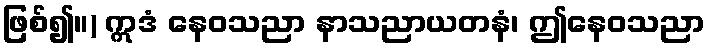
ဖြစ်၍။) ဣဒံ နေဝသညာ နာသညာယတနံ၊ ဤနေဝသညာ